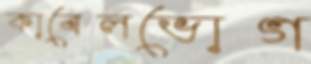
কাবেলভোগ